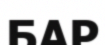
БАР